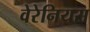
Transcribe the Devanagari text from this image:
वेरेनियस